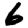
Digit: 6